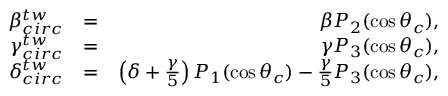
\begin{array} { r l r } { \beta _ { c i r c } ^ { t w } } & { = } & { \beta P _ { 2 } ( \cos \theta _ { c } ) , } \\ { \gamma _ { c i r c } ^ { t w } } & { = } & { \gamma P _ { 3 } ( \cos \theta _ { c } ) , } \\ { \delta _ { c i r c } ^ { t w } } & { = } & { \left( \delta + \frac { \gamma } { 5 } \right) P _ { 1 } ( \cos \theta _ { c } ) - \frac { \gamma } { 5 } P _ { 3 } ( \cos \theta _ { c } ) , } \end{array}